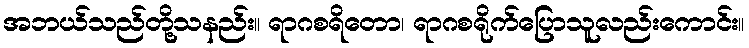
အဘယ်သည်တို့သနည်း။ ရာဂစရိတော၊ ရာဂစရိုက်ပြောသူလည်းကောင်း။